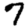
Digit: 7